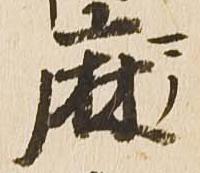
麻